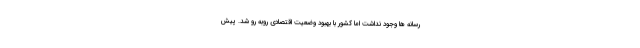
رسانه ها وجود نداشت اما کشور با بهبود وضعیت اقتصادی روبه رو شد. پیش